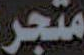
متجر